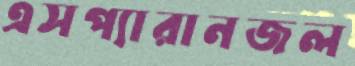
এসপ্যারানজল